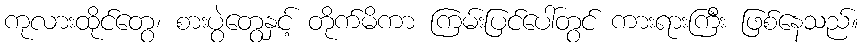
ကုလားထိုင်တွေ၊ စားပွဲတွေနှင့် တိုက်မိကာ ကြမ်းပြင်ပေါ်တွင် ကားရားကြီး ဖြစ်နေသည်။